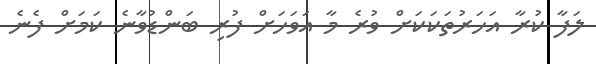
ލަފާ ކުރާ އަހަރުތަކަކަށް ވުރެ މާ އަވަހަށް ފުރި ބަންޑުވާނެ ކަމަށް ފެނެ